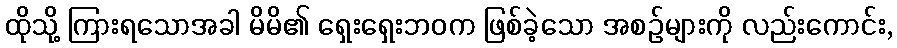
ထိုသို့ ကြားရသောအခါ မိမိ၏ ရှေးရှေးဘဝက ဖြစ်ခဲ့သော အစဉ်များကို လည်းကောင်း,